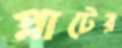
প্লাটের